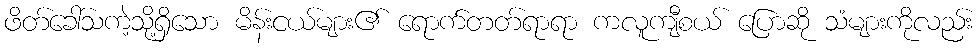
ဖိတ်ခေါ်သကဲ့သို့ရှိသော မိန်းငယ်များ၏ ရောက်တတ်ရာရာ ကလူကျီစယ် ပြောဆို သံများကိုလည်း